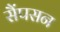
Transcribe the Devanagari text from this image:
सैंपसन